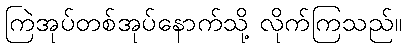
ကြဲအုပ်တစ်အုပ်နောက်သို့ လိုက်ကြသည်။